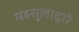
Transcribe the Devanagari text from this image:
महसुलाद्वारे